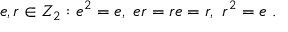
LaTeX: e , r \in Z _ { 2 } : e ^ { 2 } = e , ~ e r = r e = r , ~ r ^ { 2 } = e ~ .